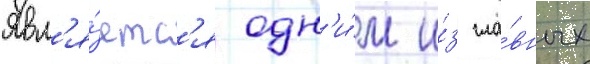
Явл'я́етс'я одн'и́м и́з гла́вных